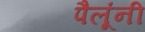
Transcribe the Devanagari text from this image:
पैलूंनी